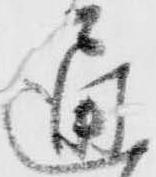
通